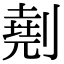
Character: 𠟋